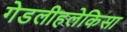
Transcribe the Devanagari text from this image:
गेडलीहलेकिसा